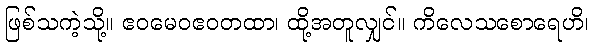
ဖြစ်သကဲ့သို့။ ဧဝမေဝဧဝတထာ၊ ထို့အတူလျှင်။ ကိလေသစောရေဟိ၊